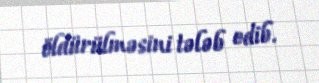
öldürülməsini tələb edib.